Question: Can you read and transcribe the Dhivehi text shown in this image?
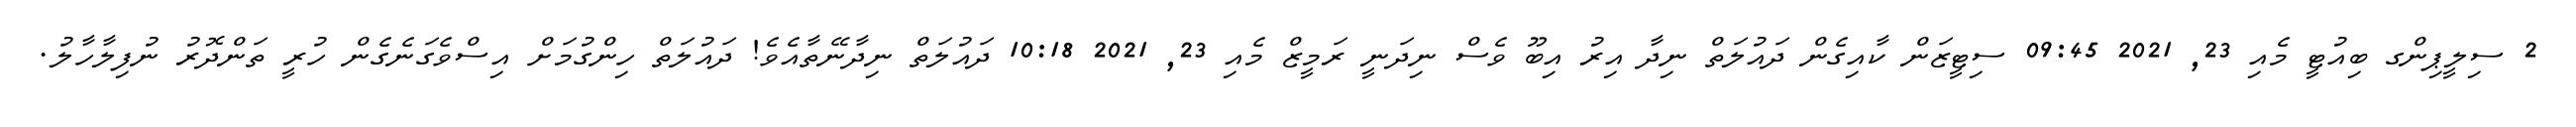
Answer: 2 ސިލީޕިންގ ބިއުޓީ މެއި 23, 2021 09:45 ސިޓީޒަން ކާއިގެން ދައުލަތް ނިދާ އިރު އިބޫ ވެސް ނިދަނީ ރަމީޒް މެއި 23, 2021 10:18 ދައުލަތް ނިދާނޭތާއެވެ! ދައުލަތް ހިންގުމަށް އިސްވެގަނެގެން ހުރީ ތަންދޮރު ނުފިލާހާލު.